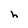
Character: h